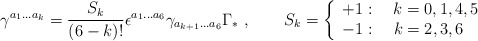
\begin{align*}\gamma^{a_1\ldots a_k}=\frac{S_k}{(6-k)!}\epsilon^{a_1\ldots a_6}\gamma_{a_{k+1}\ldots a_6}\Gamma_*\ , \qquad S_k=\left\{\begin{array}{l}+1:\quad k=0,1,4,5\\-1:\quad k=2,3,6\end{array} \right.\end{align*}